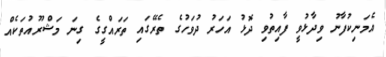
އެމަނިކުފާނު ވިދާޅުވީ ފާއިތުވި ދޮޅު އަހަރު ދުވަހުގެ ތެރޭގައި ތަރައްގީގެ ގިނަ މަޝްރޫއުތަކެއް